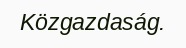
Közgazdaság.